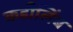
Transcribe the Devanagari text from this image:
कडीलिंब